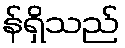
န်ရှိသည်